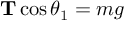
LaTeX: \mathbf { T } \cos \theta _ { 1 } = m g